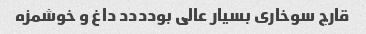
قارچ سوخاری بسیار عالی بودددد داغ و خوشمزه